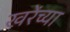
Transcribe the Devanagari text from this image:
खरेंच्या